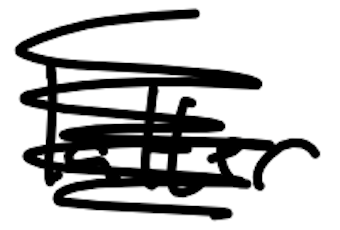
Text: latter
Cross-out: scratch
Writing tool: digital_black